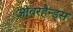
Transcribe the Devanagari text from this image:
ओवरहैन्ड्स